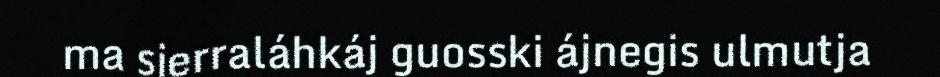
ma sierraláhkáj guosski ájnegis ulmutja